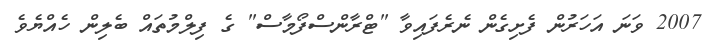
2007 ވަނަ އަހަރުން ފެށިގެން ނެރެފައިވާ "ޓްރާންސްފޯމާސް" ގެ ފިލްމުތައް ބެލިން ހެއްޔެވެ